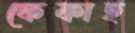
ফেকাহ